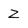
Character: Z